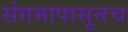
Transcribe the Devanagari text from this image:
संगमापासूनच